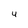
Character: U